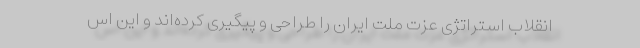
انقلاب استراتژی عزت ملت ایران را طراحی و پیگیری کرده‌اند و این اس